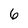
Character: 6